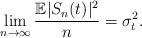
LaTeX: \begin{align*} \lim_{n\rightarrow\infty}\frac{\mathbb{E}{|S_{n}(t)|^{2}}}{n}=\sigma_{t}^{2}.\end{align*}